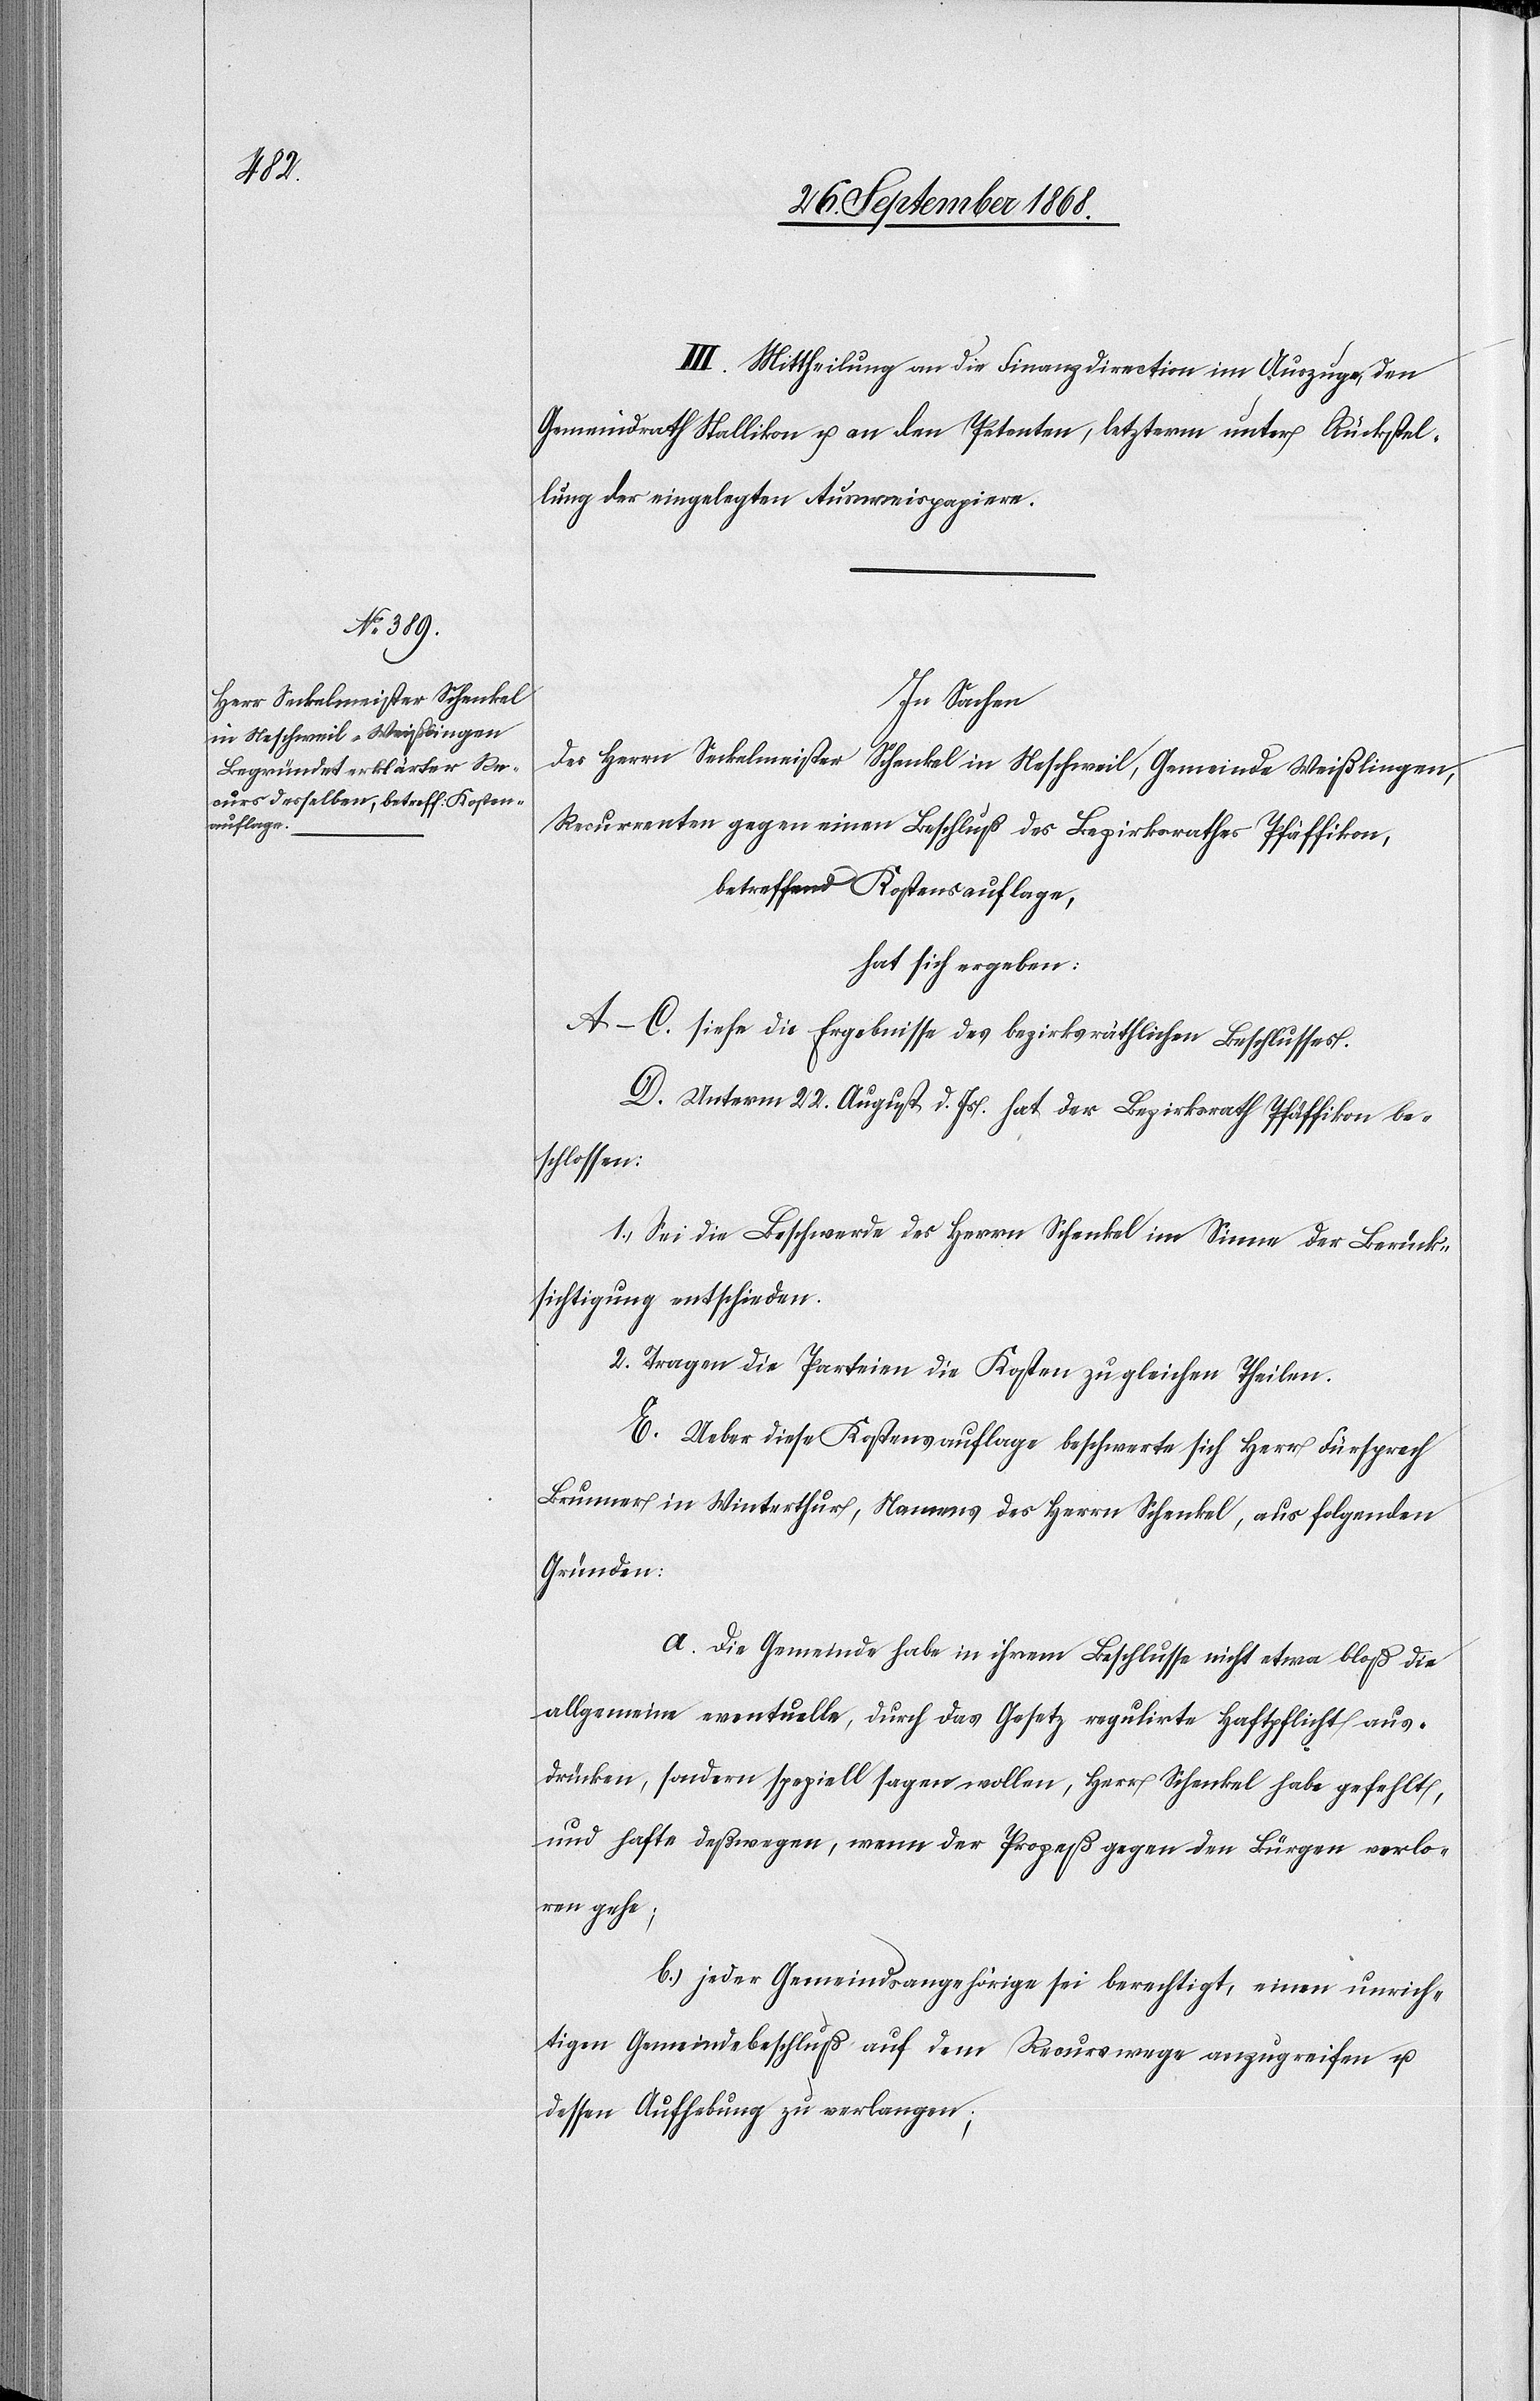
III. Mittheilung an die Finanzdirection im Auszuge, den
Gemeindrath Stallikon u. an den Petenten, letzterm unter Rückstel¬
lung der eingelegten Ausweispapiere.
In Sachen
des Herrn Seckelmeister Schenkel in Neschweil, Gemeinde Weißlingen,
Recurrenten gegen einen Beschluß des Bezirksrathes Pfäffikon,
betreffend Kostensauflage,
hat sich ergeben:
A–C. siehe die Ergebnisse des bezirksräthlichen Beschlusses.
D. Unterm 22. August d. Js. hat der Bezirksrath Pfäffikon be¬
schlossen:
1. Sei die Beschwerde des Herrn Schenkel im Sinne der Berück¬
sichtigung entschieden.
2. Tragen die Parteien die Kosten zu gleichen Theilen.
E. Ueber diese Kostensauflage beschwerte sich Herr Fürsprech
Brunner in Winterthur, Namens des Herrn Schenkel, aus folgenden
Gründen:
a. Die Gemeinde habe in ihrem Beschlusse nicht etwa bloß die
allgemeine eventuelle, durch das Gesetz regulirte Haftpflicht aus¬
drücken, sondern speziell sagen wollen, Herr Schenkel habe gefehlt,
und hafte deßwegen, wenn der Prozeß gegen den Bürgen verlo¬
ren gehe;
b. jeder Gemeindsangehörige sei berechtigt, einen unrich¬
tigen Gemeindebeschluß auf dem Recurswege anzugreifen u.
dessen Aufhebung zu verlangen;